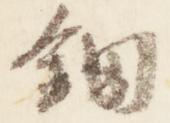
鈿